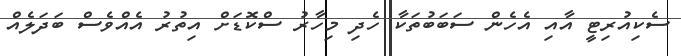
ސެކިއުރިޓީ އާއި އެހެން ސަބަބުތަކާ ހެދި މިހާރު ސްކޮޑަށް އިތުރު އެއްވެސް ބަދަލެއް